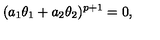
( a _ { 1 } \theta _ { 1 } + a _ { 2 } \theta _ { 2 } ) ^ { p + 1 } = 0 ,